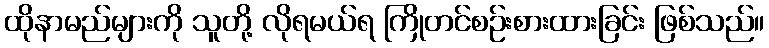
ထိုနာမည်များကို သူတို့ လိုရမယ်ရ ကြိုတင်စဉ်းစားထားခြင်း ဖြစ်သည်။